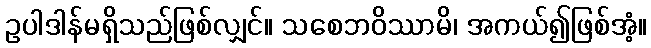
ဥပါဒါန်မရှိသည်ဖြစ်လျှင်။ သစေဘဝိဿာမိ၊ အကယ်၍ဖြစ်အံ့။